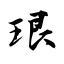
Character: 珢